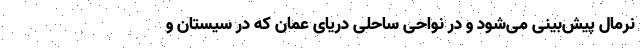
نرمال پیش‌بینی می‌شود و در نواحی ساحلی دریای عمان که در سیستان و